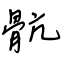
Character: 骯